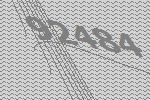
92484